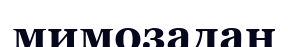
мимозадан